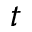
t